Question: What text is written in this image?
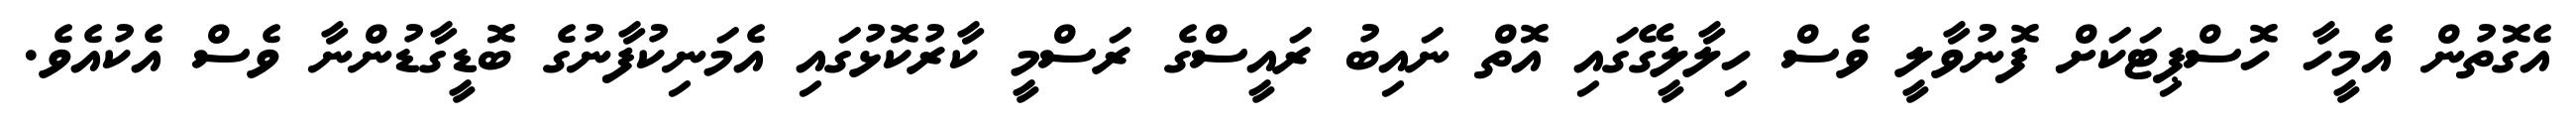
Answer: އެގޮތުން އެމީހާ ހޮސްޕިޓަކަށް ފޮނުވާލީ ވެސް ހިލާލީގޭގައި އޮތް ނައިބު ރައީސްގެ ރަސްމީ ކާރުކޮޅުގައި އެމަނިކުފާނުގެ ބޮޑީގާޑުންނާ ވެސް އެކުއެވެ.